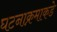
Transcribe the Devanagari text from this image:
घटनाक्रमाकडे